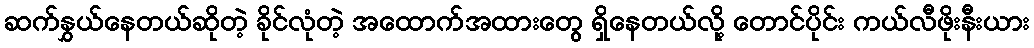
ဆက်နွှယ်နေတယ်ဆိုတဲ့ ခိုင်လုံတဲ့ အထောက်အထားတွေ ရှိနေတယ်လို့ တောင်ပိုင်း ကယ်လီဖိုးနီးယား